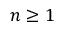
n \geq 1